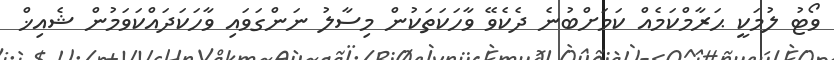
ވޯޓު ލުމަކީ ޙަރާމްކަމެއް ކަމަށްބުނެ ދެކެވޭ ވާހަކަތަކުން މިސާލު ނަންގަވައި ވާހަކަދައްކަވަމުން ޝެއިޚް